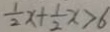
\frac { 1 } { 2 } x + \frac { 1 } { 2 } x > 6